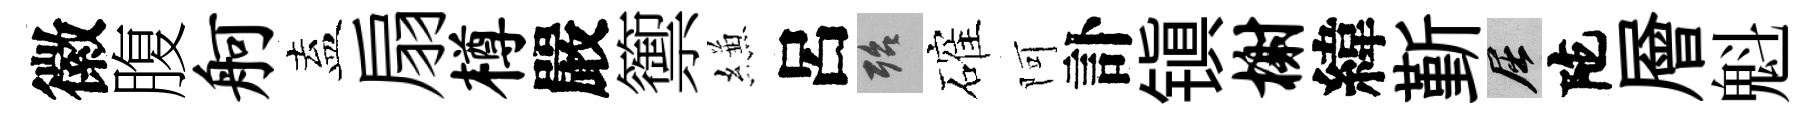
徽腹舸盍扇樽嚴籞縑呂殆確阿訃镇榭緯斳屈陀層魁